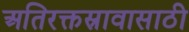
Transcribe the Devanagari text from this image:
अतिरक्तस्रावासाठी